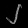
Digit: ၂